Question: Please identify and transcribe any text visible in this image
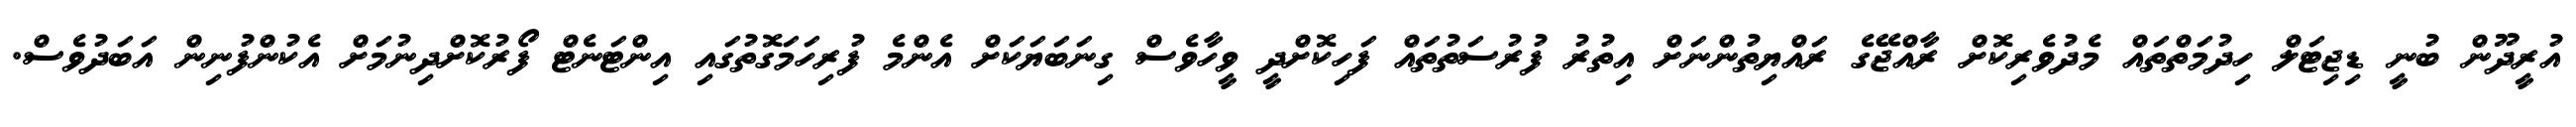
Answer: އުރީދޫން ބުނީ ޑިޖިޓަލް ހިދުމަތްތައް މެދުވެރިކޮށް ރާއްޖޭގެ ރައްޔިތުންނަށް އިތުރު ފުރުސަތުތައް ފަހިކޮށްދީ ވީހާވެސް ގިނަބަޔަކަށް އެންމެ ފުރިހަމަގޮތުގައި އިންޓަނެޓް ފޯރުކޮށްދިނުމަށް އެކުންފުނިން އަބަދުވެސް.